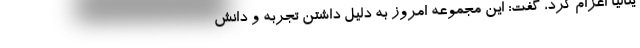
یتالیا اعزام کرد، گفت: این مجموعه امروز به دلیل داشتن تجربه و دانش